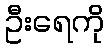
ဦးရေကို